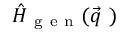
\hat { H } _ { \mathrm { ~ g ~ e ~ n ~ } } ( \vec { q } \ )